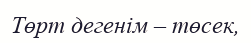
Төрт дегенiм – төсек,